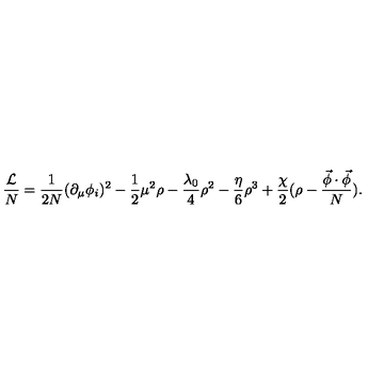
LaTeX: \frac { \cal L } { N } = \frac { 1 } { 2 N } ( \partial _ { \mu } \phi _ { i } ) ^ { 2 } - \frac { 1 } { 2 } \mu ^ { 2 } \rho - \frac { \lambda _ { 0 } } { 4 } \rho ^ { 2 } - \frac { \eta } { 6 } \rho ^ { 3 } + \frac { \chi } { 2 } ( \rho - \frac { \vec { \phi } \cdot \vec { \phi } } { N } ) .